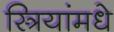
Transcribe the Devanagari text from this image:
स्त्रियांमधे